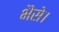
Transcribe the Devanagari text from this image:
भैंसे।